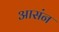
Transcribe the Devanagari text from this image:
आसंन